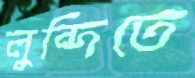
লুন্দিতে